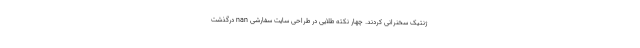
ژنتیک سخنرانی کردند. چهار نکته طلایی در طراحی سایت سفارشی nan درگذشت